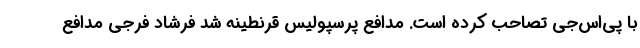
با پی‌اس‌جی تصاحب کرده است. مدافع پرسپولیس قرنطینه شد فرشاد فرجی مدافع